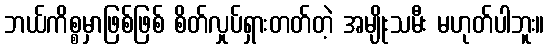
ဘယ်ကိစ္စမှာဖြစ်ဖြစ် စိတ်လှုပ်ရှားတတ်တဲ့ အမျိုးသမီး မဟုတ်ပါဘူး။